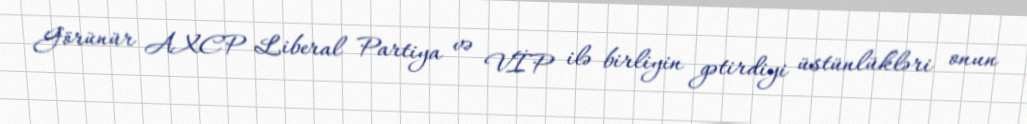
Görünür AXCP Liberal Partiya və VİP ilə birliyin gətirdiyi üstünlükləri onun